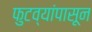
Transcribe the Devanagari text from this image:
फुटव्यांपासून